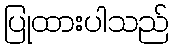
ပြုထားပါသည်